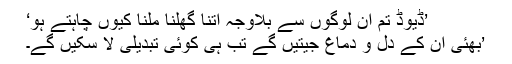
’ڈیوڈ تم ان لوگوں سے بلاوجہ اتنا گھلنا ملنا کیوں چاہتے ہو‘
’بھئی ان کے دل و دماغ جیتیں گے تب ہی کوئی تبدیلی لا سکیں گے۔